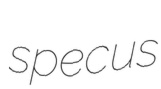
specus